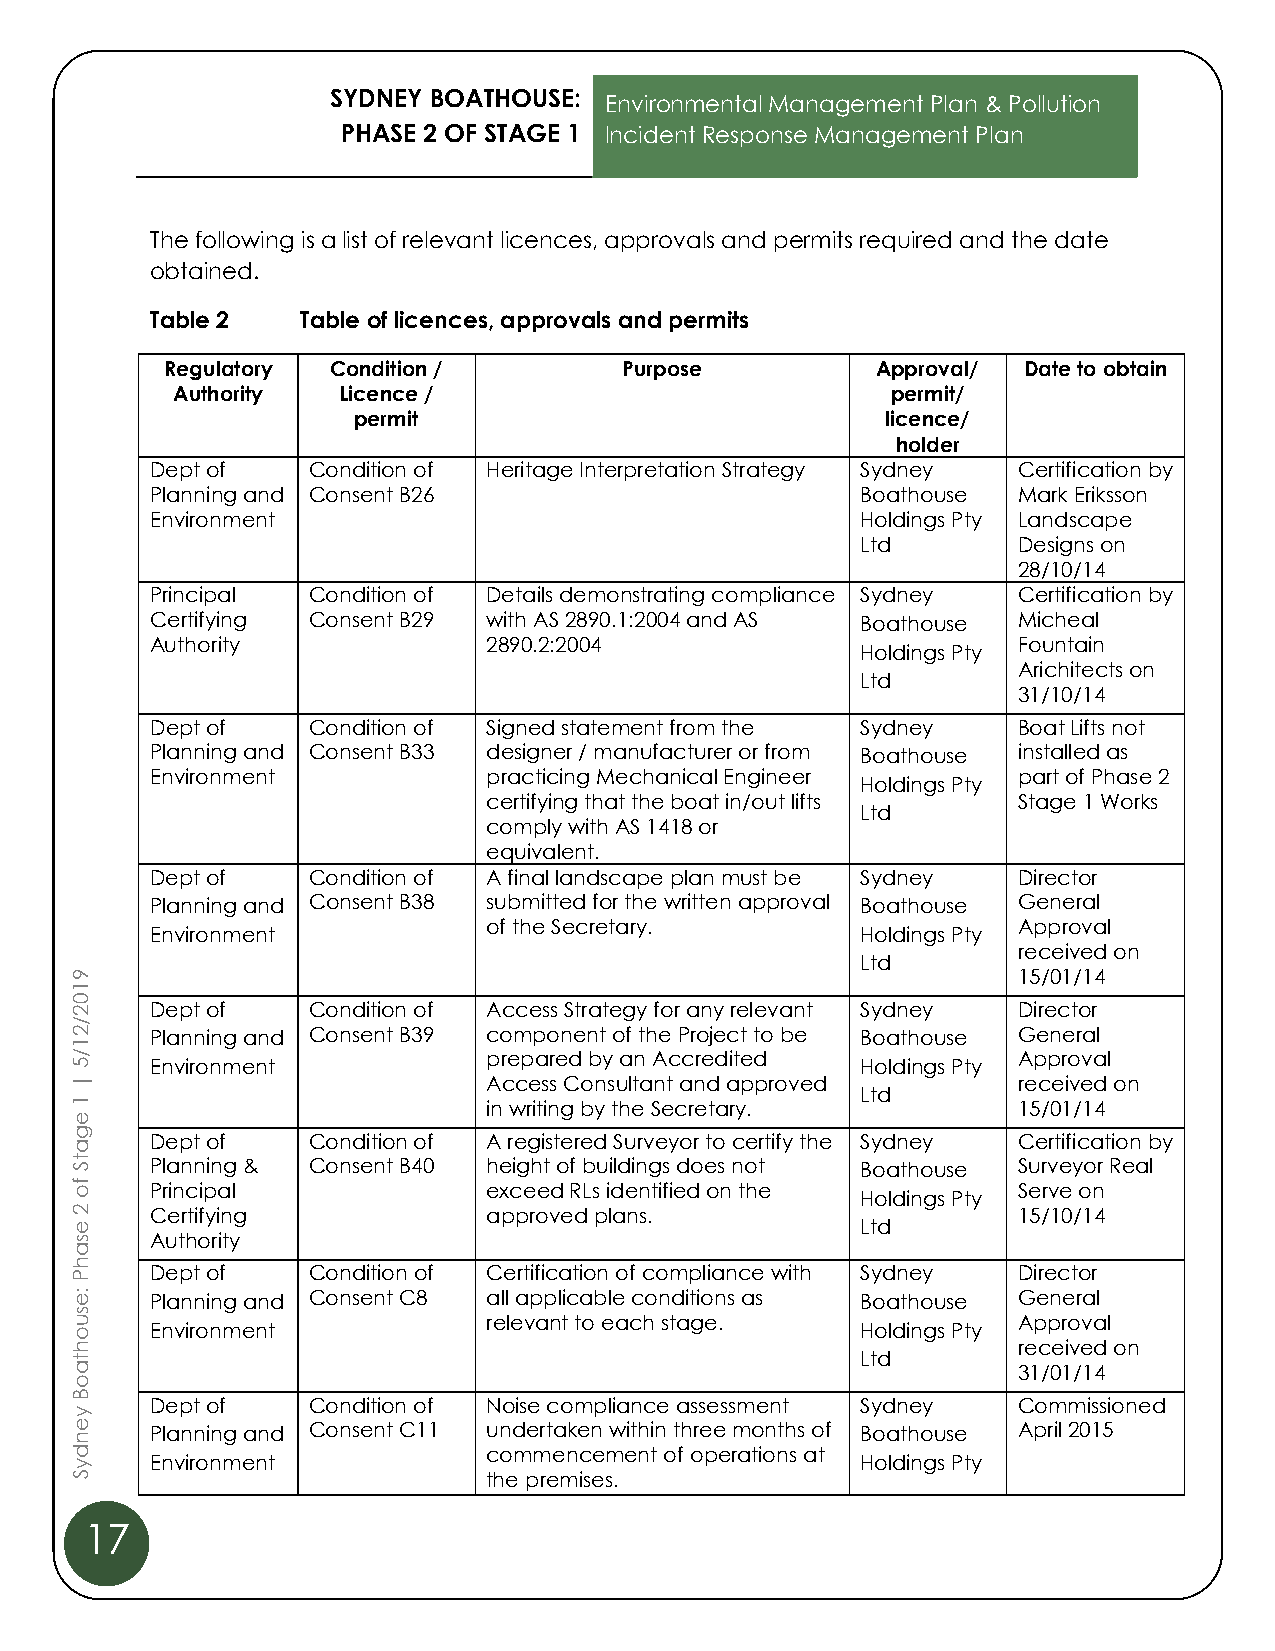
SYDNEY BOATHOUSE:
 Environmental Management Plan & Pollution
 PHASE 2 OF STAGE 1 Incident Response Management Plan
 The following is a list of relevant licences, approvals and permits required and the date
 obtained.
 Table 2   Table of licences, approvals and permits
 Regulatory Condition /        Purpose          Approval/ Date to obtain
 Authority  Licence /                            permit/
 permit                              licence/
 holder
 Dept of   Condition of Heritage Interpretation Strategy Sydney Certification by
 Planning and Consent B26                       Boathouse Mark Eriksson
 Environment                                    Holdings Pty Landscape
 Ltd       Designs on
 28/10/14
 Principal Condition of Details demonstrating compliance Sydney Certification by
 Certifying Consent B29 with AS 2890.1:2004 and AS Boathouse Micheal
 Authority             2890.2:2004                        Fountain
 Holdings Pty
 Arichitects on
 Ltd
 31/10/14
 Dept of   Condition of Signed statement from the Sydney  Boat Lifts not
 Planning and Consent B33 designer / manufacturer or from Boathouse installed as
 Environment           practicing Mechanical Engineer     part of Phase 2
 Holdings Pty
 certifying that the boat in/out lifts Stage 1 Works
 Ltd
 comply with AS 1418 or
 equivalent.
 Dept of   Condition of A final landscape plan must be Sydney Director
 Planning and Consent B38 submitted for the written approval Boathouse General
 of the Secretary.                  Approval
 Environment                                    Holdings Pty
 received on
 9
 Ltd
 15/01/14
 1
 0
 2    Dept of   Condition of Access Strategy for any relevant Sydney Director
 /
 2    Planning and Consent B39 component of the Project to be Boathouse General
 1
 /                          prepared by an Accredited          Approval
 5    Environment                                    Holdings Pty
 |                          Access Consultant and approved     received on
 Ltd
 1                          in writing by the Secretary.       15/01/14
 e
 g
 Dept of   Condition of A registered Surveyor to certify the Sydney Certification by
 a
 t S  Planning & Consent B40 height of buildings does not Boathouse Surveyor Real
 f o  Principal             exceed RLs identified on the Holdings Pty Serve on
 2    Certifying            approved plans.                    15/10/14
 e                                                   Ltd
 s    Authority
 a
 h
 P    Dept of   Condition of Certification of compliance with Sydney Director
 :e   Planning and Consent C8 all applicable conditions as Boathouse General
 s
 u
 o    Environment
 relevant to each stage.
 Holdings Pty
 Approval
 h                                                             received on
 t                                                   Ltd
 a                                                             31/01/14
 o
 B
 y
 Dept of   Condition of Noise compliance assessment Sydney Commissioned
 e n  Planning and Consent C11 undertaken within three months of Boathouse April 2015
 d
 y    Environment
 commencement of operations at
 Holdings Pty
 S                          the premises.
 17